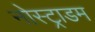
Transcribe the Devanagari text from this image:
नोस्ट्राडम